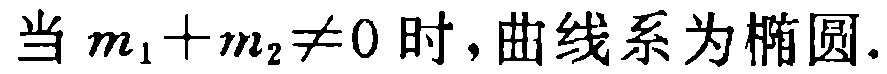
当 \(m_1 + m_2 \neq 0\) 时,曲线系为椭圆.